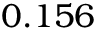
0 . 1 5 6